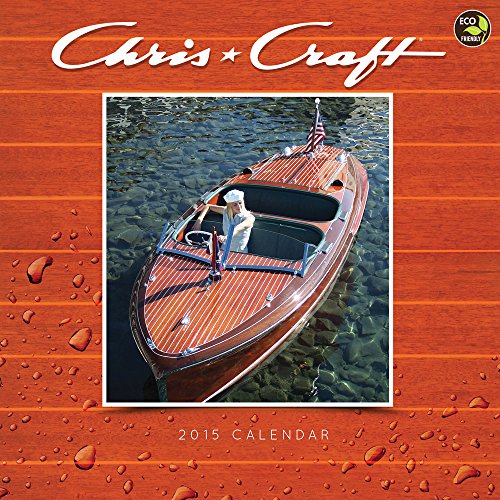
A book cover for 2015 Chris-Craft Wall Calendar; TF PUBLISHING; Calendars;